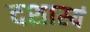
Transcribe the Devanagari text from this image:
दशास्यं